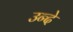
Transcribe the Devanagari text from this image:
उन्दे